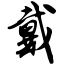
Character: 戴